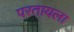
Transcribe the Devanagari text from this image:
परतायला